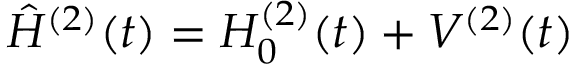
\hat { H } ^ { ( 2 ) } ( t ) = H _ { 0 } ^ { ( 2 ) } ( t ) + V ^ { ( 2 ) } ( t )